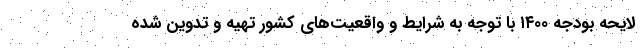
لایحه بودجه ۱۴۰۰ با توجه به شرایط و واقعیت‌های کشور تهیه و تدوین شده